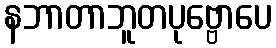
နဘာတာဘူတပုဗ္ဗောပေ